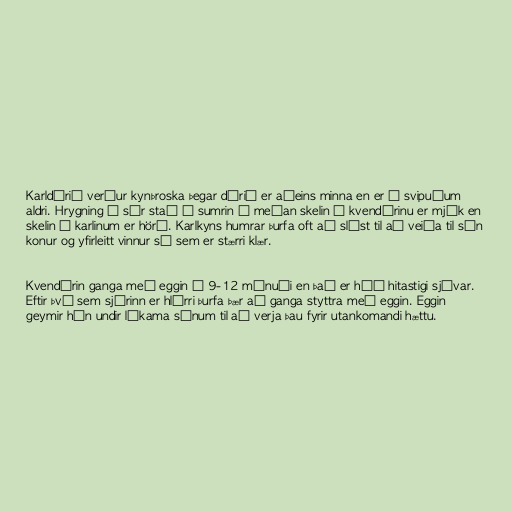
Karldýrið verður kynþroska þegar dýrið er aðeins minna en er á svipuðum
aldri. Hrygning á sér stað á sumrin á meðan skelin á kvendýrinu er mjúk en
skelin á karlinum er hörð. Karlkyns humrar þurfa oft að slást til að veiða til sín
konur og yfirleitt vinnur sá sem er stærri klær.

Kvendýrin ganga með eggin í 9-12 mánuði en það er háð hitastigi sjávar.
Eftir því sem sjórinn er hlýrri þurfa þær að ganga styttra með eggin. Eggin
geymir hún undir líkama sínum til að verja þau fyrir utankomandi hættu.